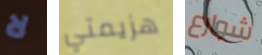
لا هزيمتي شوارع